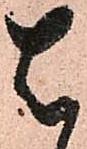
は